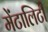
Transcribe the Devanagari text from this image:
मेंटालिटी